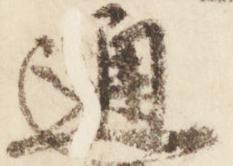
通